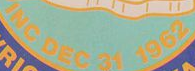
INC DEC 31 1962